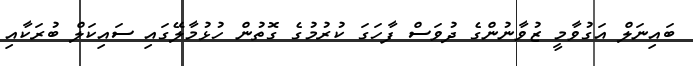
ބައިނަލް އަގުވާމީ ޒުވާނުންގެ ދުވަސް ފާހަގަ ކުރުމުގެ ގޮތުން ހުޅުމާލޭގައި ސައިކަލް ބުރަކާއި